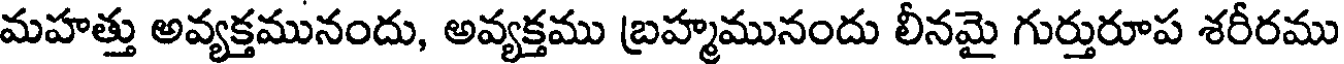
మహత్తు అవ్యక్తమునందు, అవ్యక్తము బ్రహ్మమునందు లీనమై గుర్తురూప శరీరము